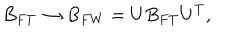
B _ { F T } \rightarrow B _ { F W } = U B _ { F T } U ^ { T } ,